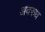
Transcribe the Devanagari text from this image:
अवरुध